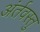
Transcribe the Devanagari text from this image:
अंर्तवस्तु